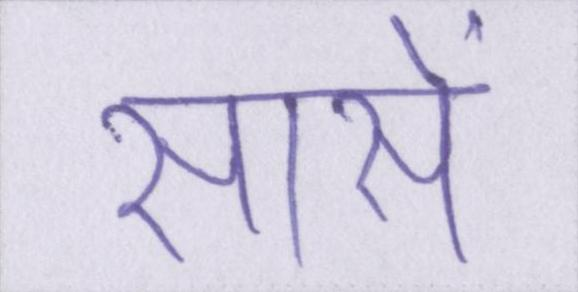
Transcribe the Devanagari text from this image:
सांसें